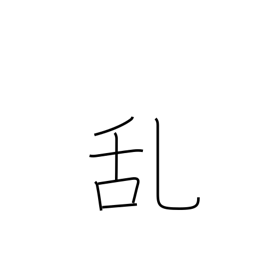
Meaning: disorder